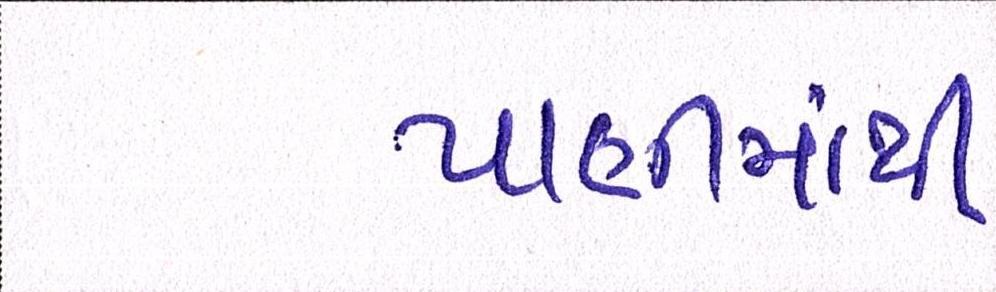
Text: પાણીમાંથી